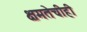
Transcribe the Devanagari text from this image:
क्षमतेचीही